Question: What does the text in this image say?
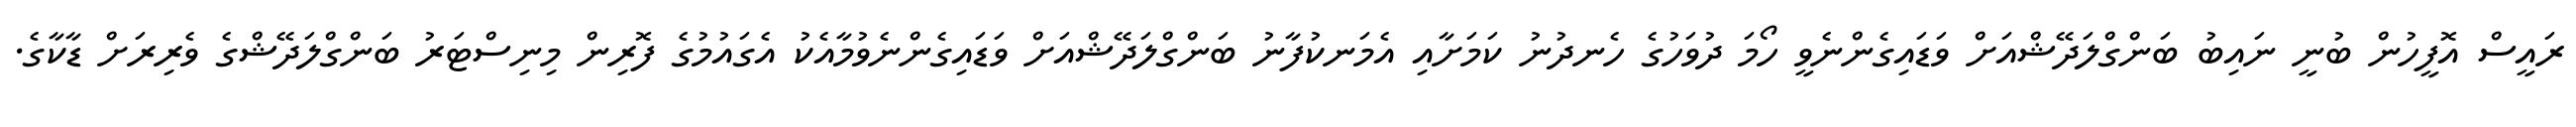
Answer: ރައީސް އޮފީހުން ބުނީ ނައިބު ބަންގްލަދޭޝްއަށް ވަޑައިގެންނެވީ ހޯމަ ދުވަހުގެ ހެނދުނު ކަމަށާއި އެމަނކުފާނު ބަންގްލަދޭޝްއަށް ވަޑައިގެންނެވުމާއެކު އެގައުމުގެ ފޮރިން މިނިސްޓަރު ބަންގްލަދޭޝްގެ ވެރިރަށް ޑާކާގެ.